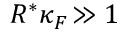
R ^ { * } \kappa _ { F } \! \gg 1